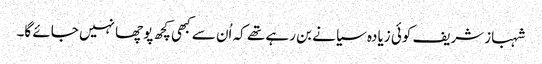
شہبازشریف کوئی زیادہ سیانے بن رہے تھے کہ اُن سے کبھی کچھ پوچھا نہیں جائے گا۔